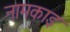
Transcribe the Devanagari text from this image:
नामकाइ